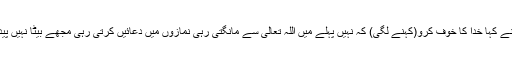
مَیں نے کہا خدا کا خوف کرو(کہنے لگی) کہ نہیں پہلے مَیں اللہ تعالیٰ سے مانگتی رہی نمازوں میں دعائیں کرتی رہی مجھے بیٹا نہیں پیدا ہوا۔